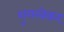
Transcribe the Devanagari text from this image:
शुगरबेकर